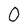
Character: 0